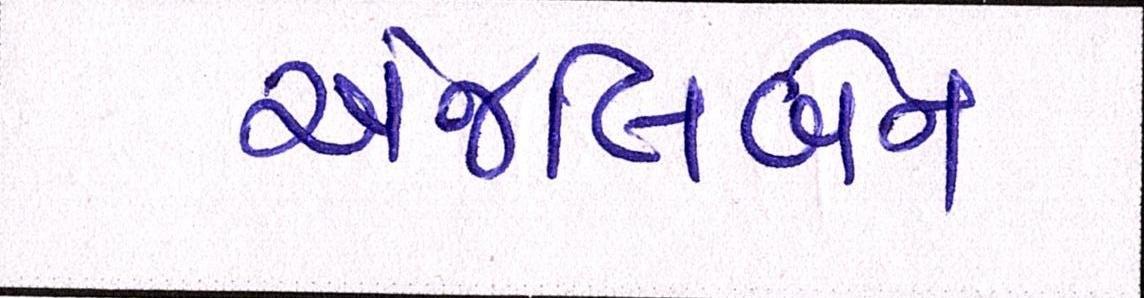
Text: અંજલિબેન